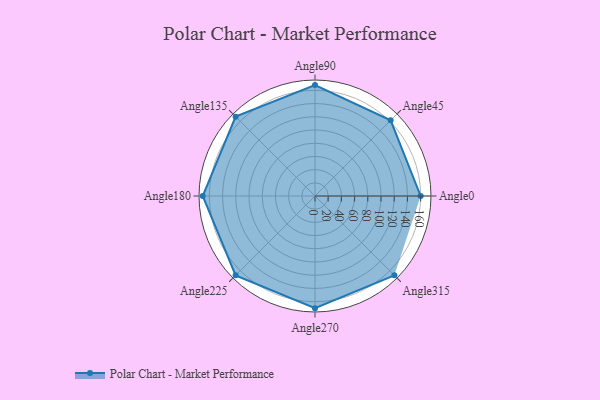
{"axis": {"x": "Angle", "y": "Radius"}, "legend": [""], "data": [{"x": "Angle0", "y": 160.0, "type": ""}, {"x": "Angle45", "y": 162.0, "type": ""}, {"x": "Angle90", "y": 168.0, "type": ""}, {"x": "Angle135", "y": 170.0, "type": ""}, {"x": "Angle180", "y": 170, "type": ""}, {"x": "Angle225", "y": 170, "type": ""}, {"x": "Angle270", "y": 170, "type": ""}, {"x": "Angle315", "y": 170, "type": ""}]}